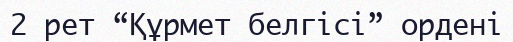
2 рет “Құрмет белгісі” ордені